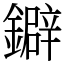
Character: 鐴